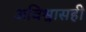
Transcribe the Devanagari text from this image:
अविश्वासही